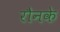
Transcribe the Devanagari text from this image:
रौनके